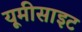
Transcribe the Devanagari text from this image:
यूमीसाइट